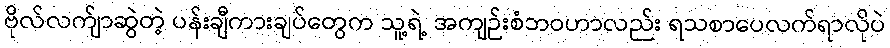
ဗိုလ်လက်ျာဆွဲတဲ့ ပန်းချီကားချပ်တွေက သူ့ရဲ့ အကျဉ်းစံဘဝဟာလည်း ရသစာပေလက်ရာလိုပဲ